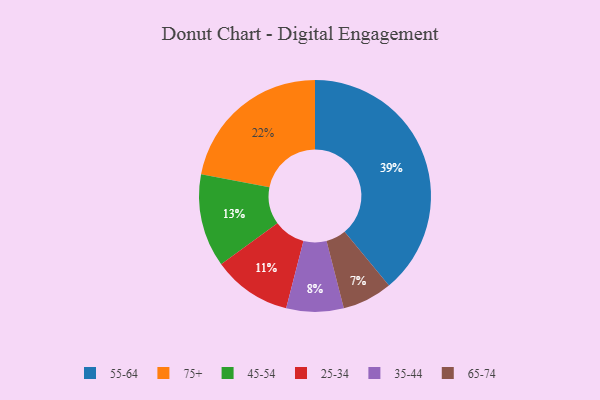
{"axis": {"x": "Category", "y": "Percentage"}, "legend": ["25-34", "35-44", "45-54", "55-64", "65-74", "75+"], "data": [{"x": "45-54", "y": 13, "type": "45-54"}, {"x": "75+", "y": 22, "type": "75+"}, {"x": "25-34", "y": 11, "type": "25-34"}, {"x": "35-44", "y": 8, "type": "35-44"}, {"x": "55-64", "y": 39, "type": "55-64"}, {"x": "65-74", "y": 7, "type": "65-74"}]}